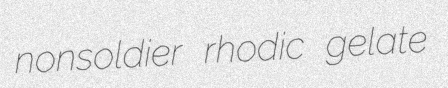
nonsoldier rhodic gelate